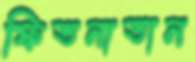
ফিতনাতান